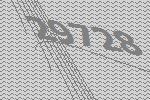
29728